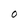
Character: O